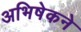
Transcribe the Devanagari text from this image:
अभिषेकने